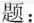
题：